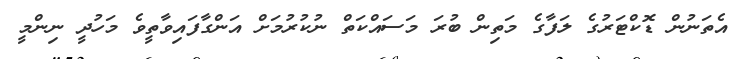
އެތަނުން ޑޮކްޓަރުގެ ލަފާގެ މަތިން ބުރަ މަސައްކަތް ނުކުރުމަށް އަންގާފައިވާތީވެ މަހުދީ ނިންމީ